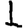
Digit: 1